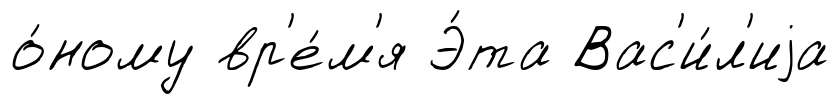
о́ному вр'е́м'я Э́та Вас'и́л'иjа